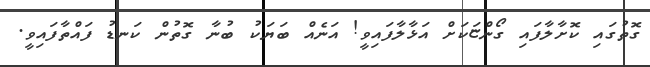
ގޮތުގައި ކޮށާލާފައި ގޯންޏަކަށް އަޅާލާފައިވީ! އަނެއް ބަޔަކު ބުނާ ގޮތުން ކަނޑު ފައްތާފައިވީ.